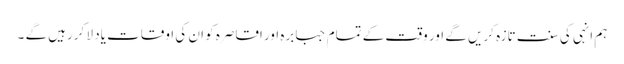
ہم انہی کی سنت تازہ کریں گے اور وقت کے تمام جبابرہ اور اقاصرہ کو ان کی اوقات یاد لا کررہیں گے ۔